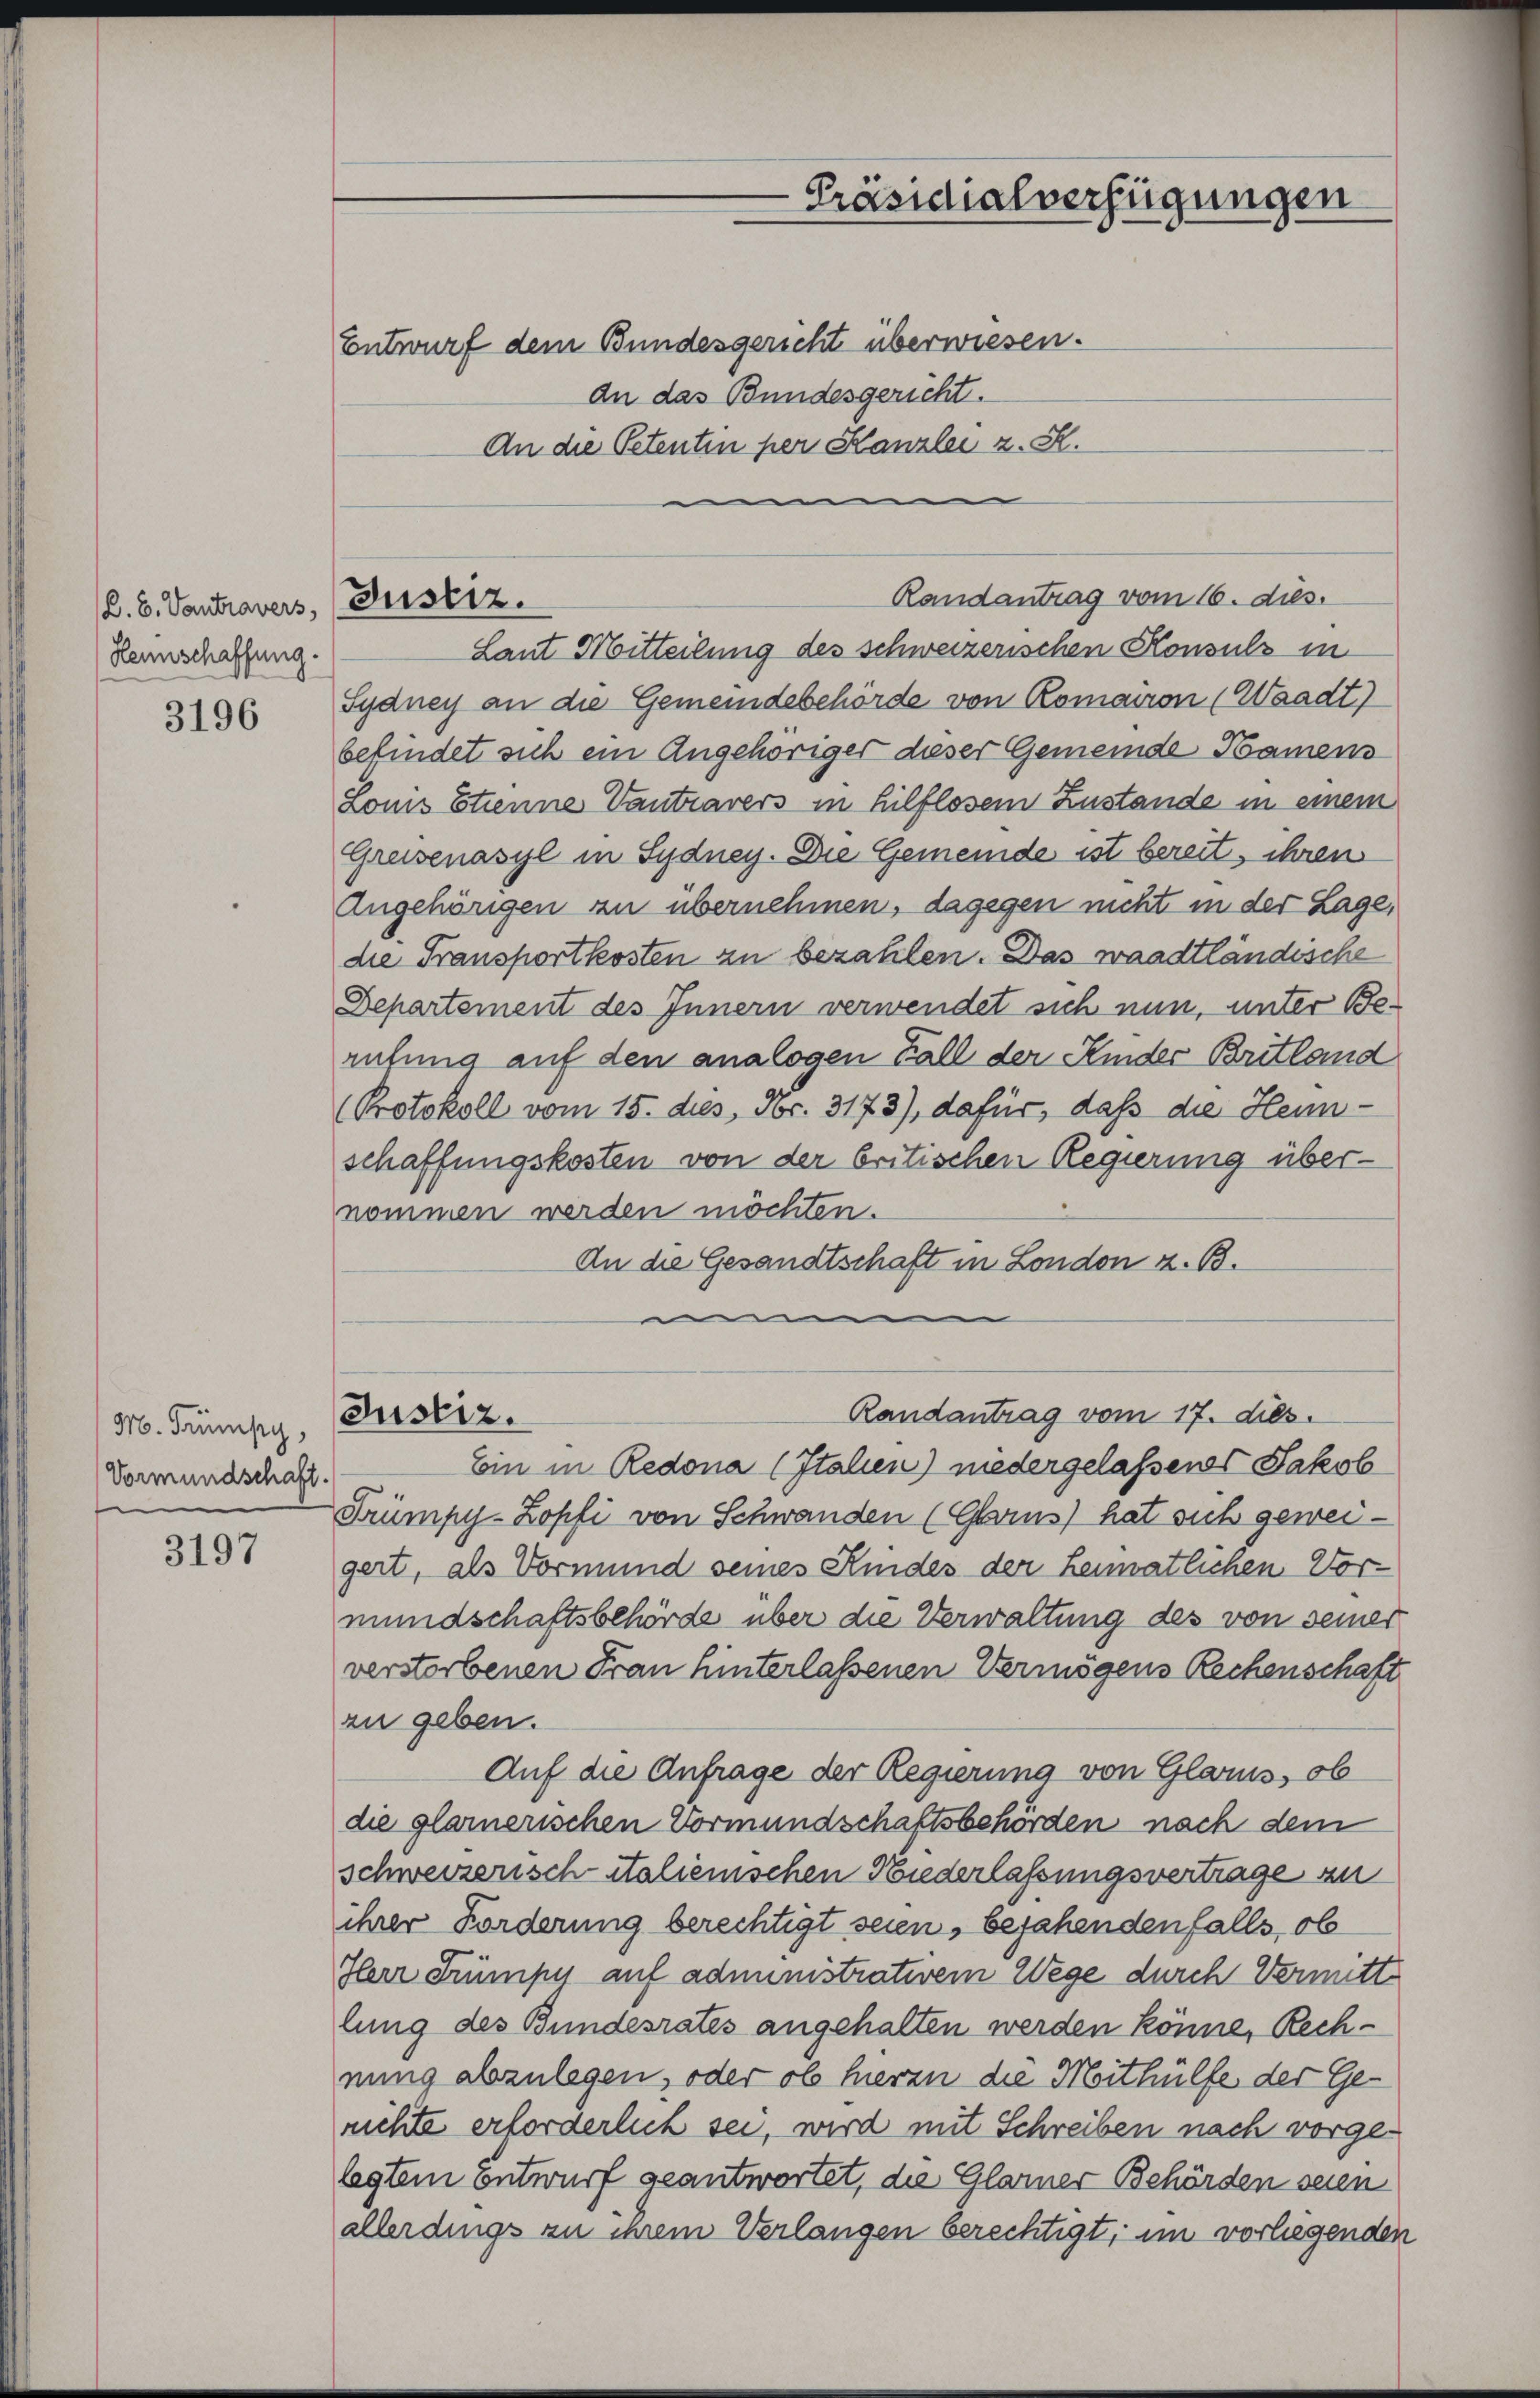
(. B. Vantravers, (Justiz.
Hennschaffung.

3196

M. Trümpy,
Vormundschaft.

3197

Justiz.

Präsidialverfügungen

Entwurf dem Bundesgericht überwiesen.
an das Bundesgericht.
An die Petenten per Kanzlei z. S.

Randantrag vom 16. dies.
Laut Mitteilung des schweizerischen Konsuls in
Sydney an die Gemeindebehörde von Romairon (Waadt)
befindet sich ein Angehöriger dieser Gemeinde Namens
Loms Etienne Vantravers in hilflosem Zustande in einem
Greisenasyl in Sydney. Die Gemeinde ist bereit, ihren
Angehörigen zu übernehmen, dagegen nicht in der Lage,
die Transportkosten zu bezahlen. Das waadtländische
Departement des Innern verwendet sich nun, unter Beruhung auf den analogen Fall der Kinder Britland
(Protokoll vom 15. dies, Nr. 3173), dafür, daß die Hennschaffungskosten von der britischen Regierung übernommen werden möchten.
An die Gesandtschaft in London z. B.
e
Ein in Redona (Italien) niedergelassenes Jakob
Frümpy-Zopfi von Schwanden (Glarus) hat sich geweigert, als Vormund seines Kindes der Leimatlichen Vormundschaftsbehörde über die Verwaltung des von seiner
verstorbenen Frau hinterlassenen Vermögens Rechenschaft
zu geben.
Auf die Anfrage der Regierung von Glarus, ob
die glarnerischen Vormundschaftsbehörden nach dem
schweizerisch italienischen Niederlassungsvertrage au
ihrer Forderung berechtigt seien, bejahendenfalls, ob
Ilerr Trümpy auf administrativem Wege durch Vermittlung des Bundesrates angehalten werden könne, Rechnung abzulegen, oder ob hierzu die Moithülfe der Gerichte erforderlich sei, wird mit Schreiben nach vorgelegtem Entwurf geantwortet, die Glarner Behörden seien
allerdings zu ihrem Verlangen berechtigt, im vorliegenden

Randantrag vom 17. dies.